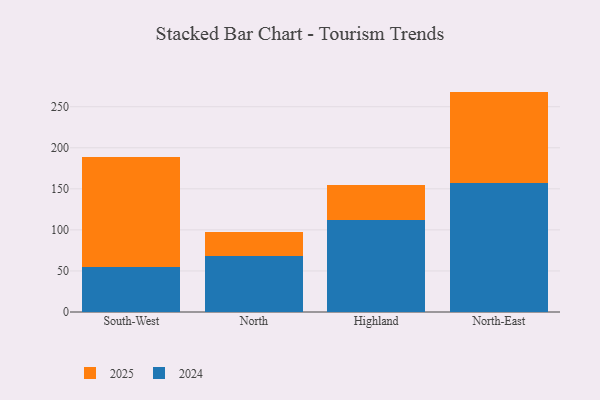
{"axis": {"x": "Region", "y": "Gross Profit (USD K)"}, "legend": ["2024", "2025"], "data": [{"x": "South-West", "y": 134.6, "type": "2025"}, {"x": "South-West", "y": 54.3, "type": "2024"}, {"x": "North", "y": 28.9, "type": "2025"}, {"x": "North", "y": 68.0, "type": "2024"}, {"x": "Highland", "y": 42.8, "type": "2025"}, {"x": "Highland", "y": 112.2, "type": "2024"}, {"x": "North-East", "y": 111.7, "type": "2025"}, {"x": "North-East", "y": 156.7, "type": "2024"}]}